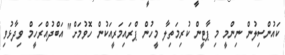
ކައުންސިލުން ނިންމީ މި ޕާޓީން ކުރިމަތިލާ މީހުން ޕްރައިމަރީއަކުން ހޮވުމަށް" އަބްދުއްރަހީމް ވިދާޅުވި